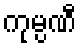
ကုမ္ပဏီ